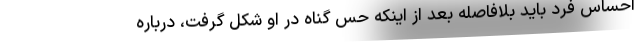
احساس فرد باید بلافاصله بعد از اینکه حس گناه در او شکل گرفت، درباره